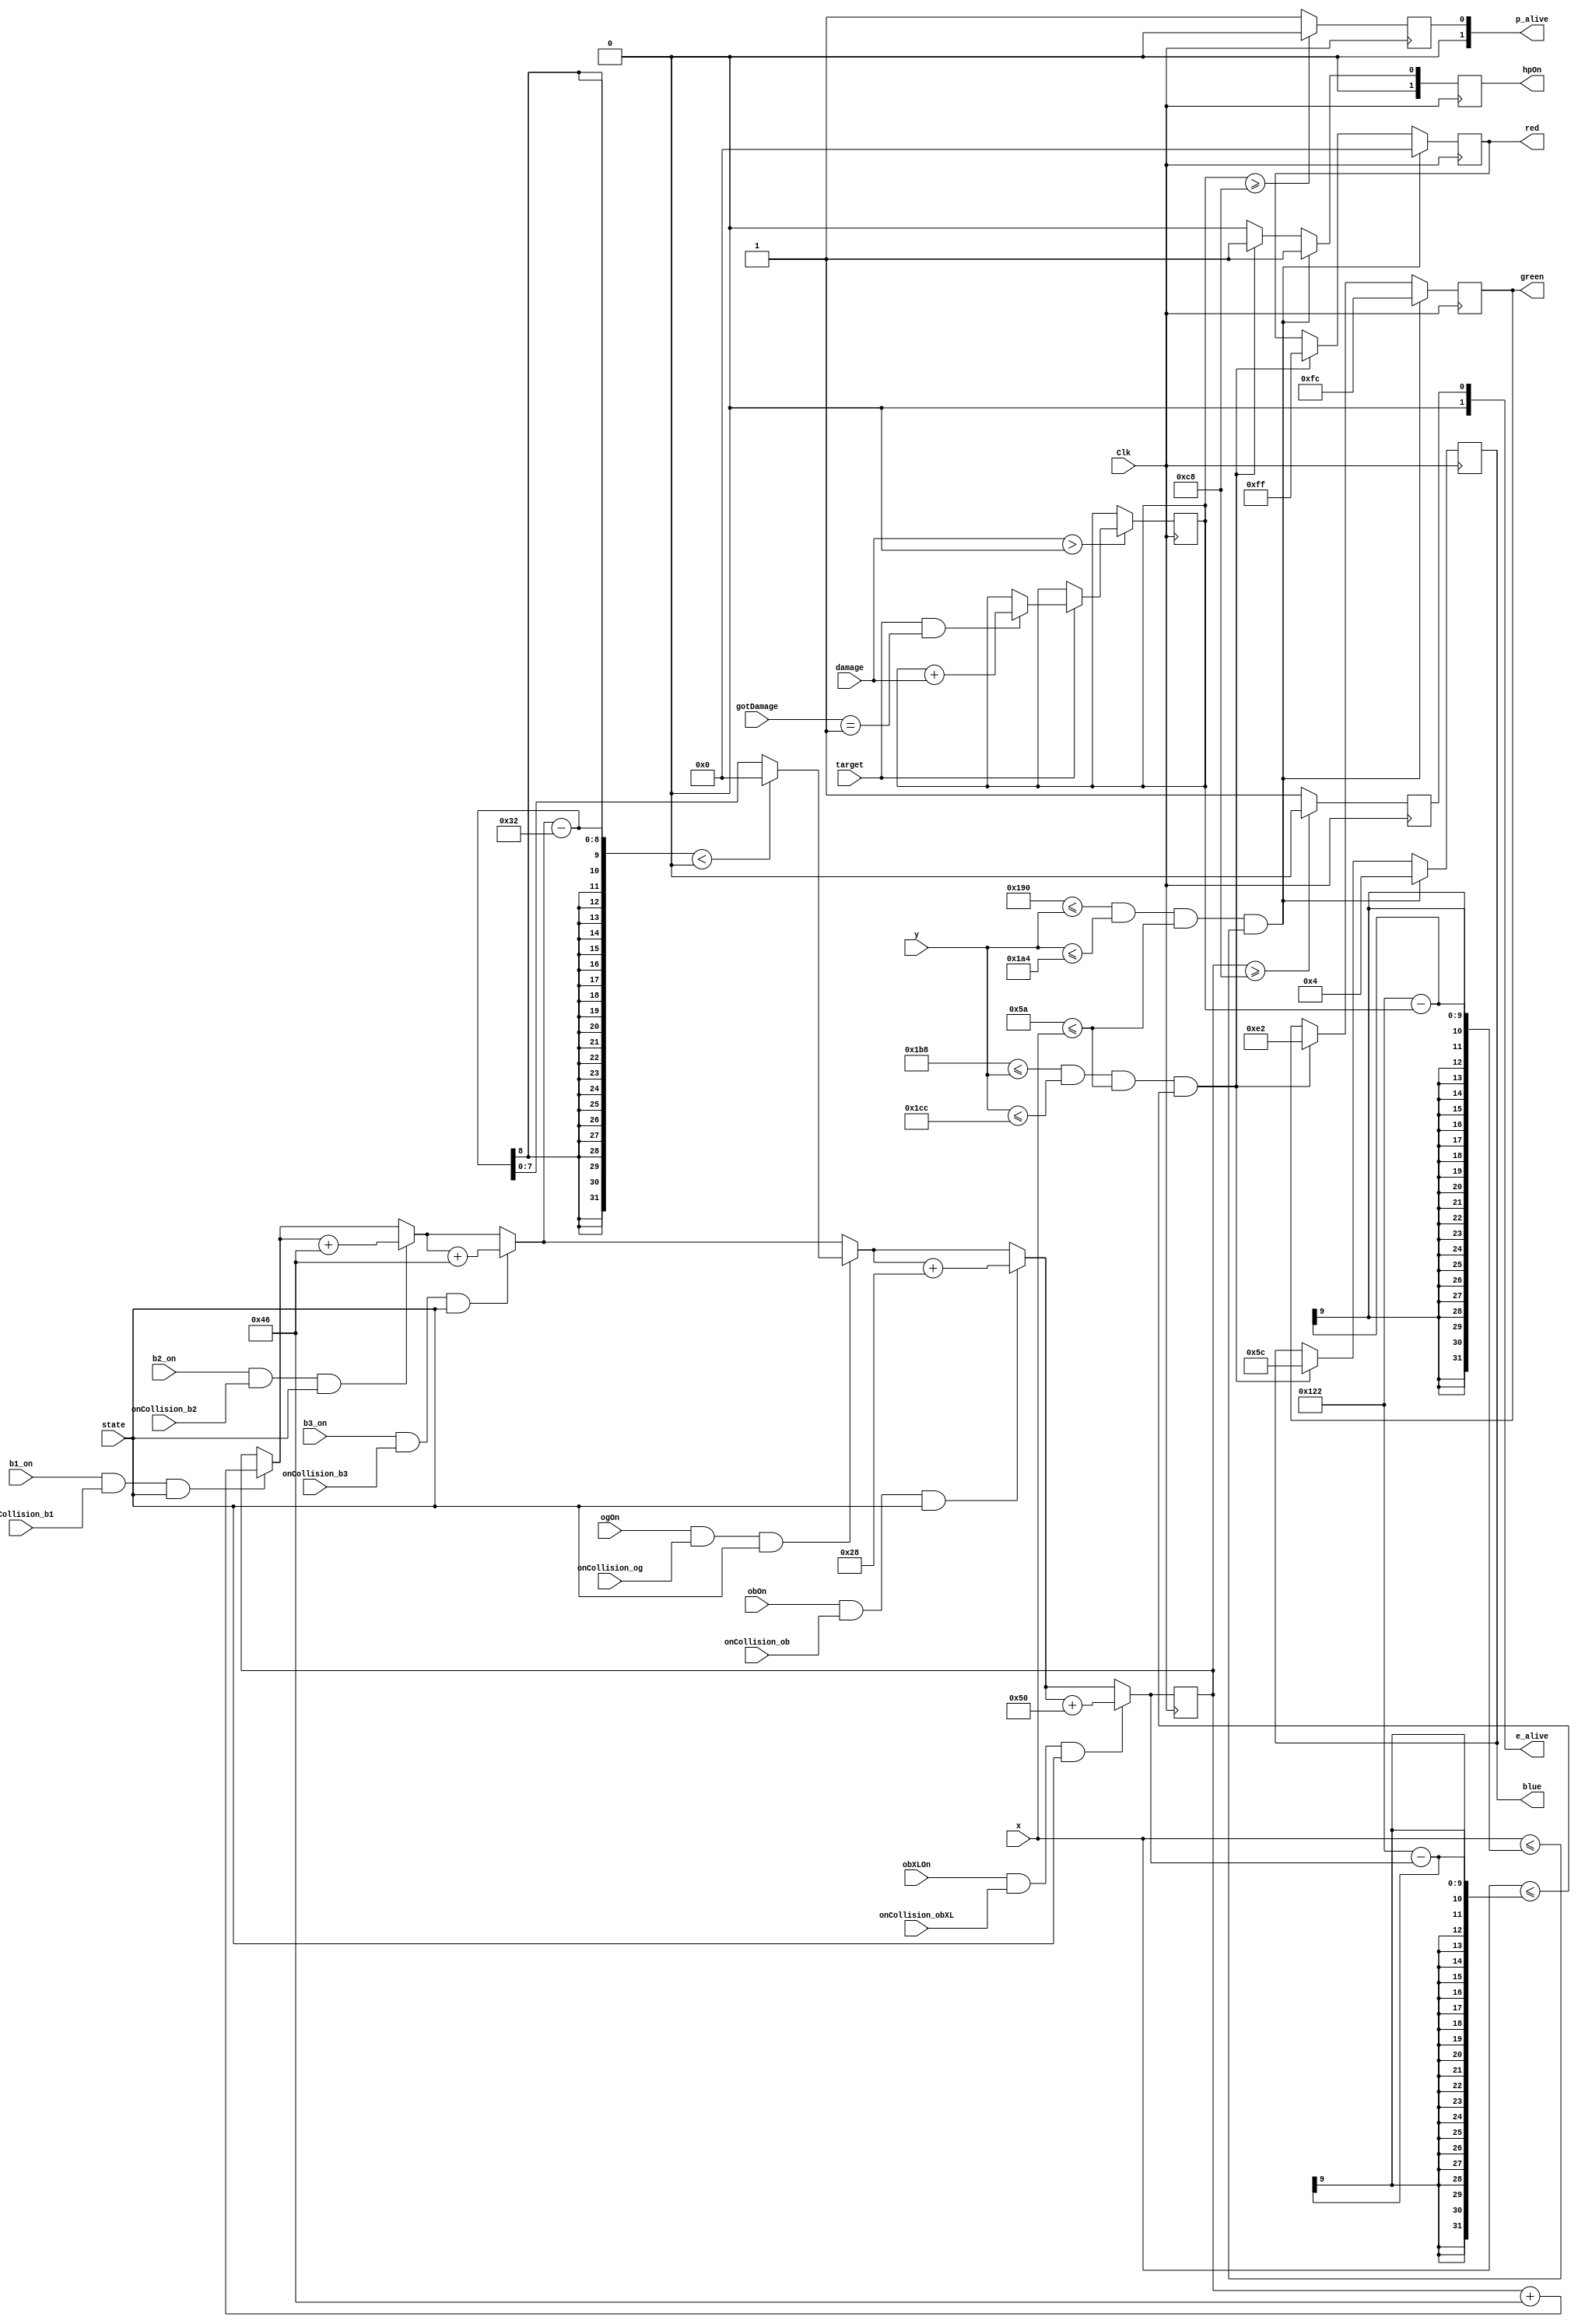
`timescale 1ns / 1ps
//////////////////////////////////////////////////////////////////////////////////
// Company: 
// Engineer: 
// 
// Design Name: 
// Module Name: Hp
// Project Name: 
// Target Devices: 
// Tool Versions: 
// Description: 
// 
// Dependencies: 
// 
// Revision:
// Revision 0.01 - File Created
// Additional Comments:
// 
//////////////////////////////////////////////////////////////////////////////////


module Hp(
input wire Clk,
input wire [9:0] x,
input wire [9:0] y,
input wire [7:0] damage,
input wire target, //0 is enemy 1 is player 
output reg [7:0] red,
output reg [7:0] green,
output reg [7:0] blue,
output reg [1:0] hpOn,
output reg [1:0] p_alive,
output reg [1:0] e_alive,
input wire [1:0] gotDamage,
input wire b1_on,
input wire b2_on,
input wire b3_on,
input wire ogOn,
input wire obOn,
input wire obXLOn,
input wire onCollision_b1,
input wire onCollision_b2,
input wire onCollision_b3,
input wire onCollision_og,
input wire onCollision_ob,
input wire onCollision_obXL,
input wire state
);

initial p_alive = 1;
initial e_alive = 1;

parameter player_y_upper = 400;
parameter player_y_lower = 420;
parameter enemy_y_upper = 440;
parameter enemy_y_lower = 460;
parameter hp_start = 90;
parameter hp_length = 200;

//hp bar
parameter pMaxHp = 200;
parameter eMaxHp = 200;

parameter enemy_damage = 70;
   
reg [7:0] cur_pHp = 200, cur_eHp = 200;
reg [7:0] stack_pdamage;
reg [7:0] stack_edamage;

always @(posedge Clk) begin
    //logic
    if(damage > 0) begin
        if(target == 0) begin
             //stack_pdamage = stack_pdamage + enemy_damage;
             end
        else if(target == 1 && gotDamage == 1) begin
             stack_edamage <= stack_edamage + damage;
             end
        end
    //logic for collision
    if(b1_on == 1 && onCollision_b1 == 1 && state == 1)
        stack_pdamage = stack_pdamage + enemy_damage;
    if(b2_on == 1 && onCollision_b2 == 1 && state == 1)
        stack_pdamage = stack_pdamage + enemy_damage;
    if(b3_on == 1 && onCollision_b3 == 1 && state == 1)
        stack_pdamage = stack_pdamage + enemy_damage;
    if(ogOn == 1 && onCollision_og == 1 && state == 1)
    begin
        if(stack_pdamage-50 <0) 
            stack_pdamage=0;
        else
            stack_pdamage = stack_pdamage - 50;
    end
    if(obOn == 1 && onCollision_ob == 1 && state == 1)
        stack_pdamage = stack_pdamage + 40;
    if(obXLOn == 1 && onCollision_obXL == 1 && state == 1)
        stack_pdamage = stack_pdamage + 80;
    //display    
    //player
    if(player_y_upper <= y && y <= player_y_lower && hp_start <= x && x <= 290-stack_edamage) 
            begin
                red <= 8'd0;
                green <= 8'd252;
                blue <= 8'd4;
                hpOn<= 1;
            end
    //enemy
    else if(enemy_y_upper <= y && y <= enemy_y_lower && hp_start <= x && x <= 290-stack_pdamage) 
         begin
                red <= 8'd255;
                green <= 8'd226;
                blue <= 8'd92;
                hpOn<= 1;
            end
    else
        hpOn<= 0;
        
    end

always @(posedge Clk) begin
    if(stack_edamage >= 200)
       p_alive =0;
    else
        p_alive =1;
    if(stack_pdamage >= 200) 
        e_alive = 0;
    else
        e_alive =1;        
end

endmodule